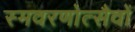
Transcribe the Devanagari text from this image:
स्मवरणोत्सैवों